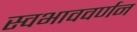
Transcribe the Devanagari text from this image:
स्वभाववर्णन